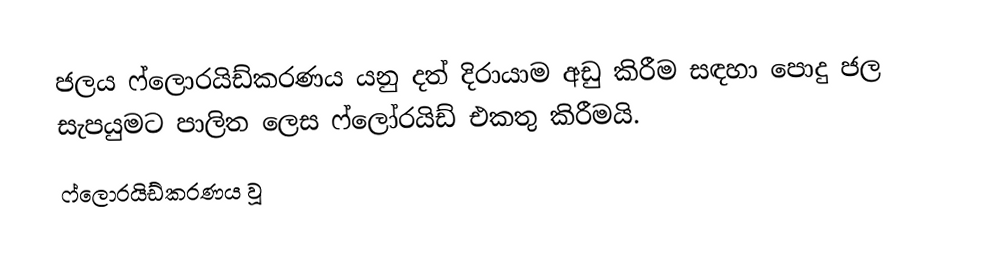
ජලය ෆ්ලොරයිඩ්කරණය යනු දත් දිරායාම අඩු කිරීම සඳහා පොදු ජල සැපයුමට පාලිත ලෙස ෆ්ලෝරයිඩ් එකතු කිරීමයි.
ෆ්ලොරයිඩ්කරණය වූ